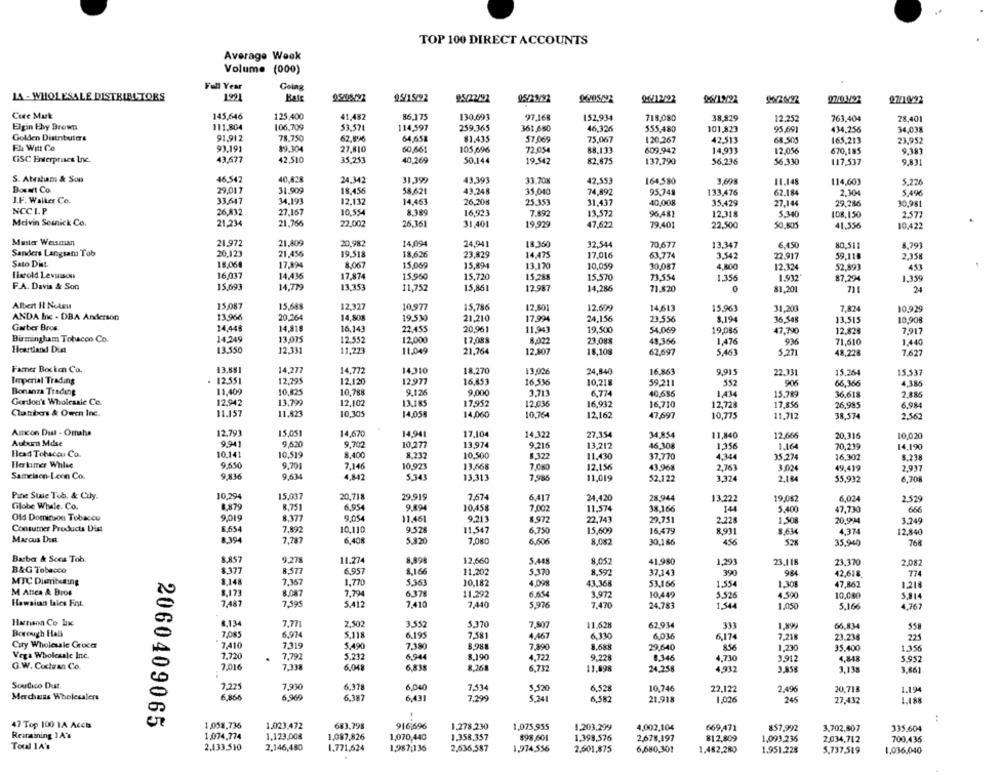
TOP 100 DIRECT ACCOUNTS
Average Week
Volume (000)
Full Year
LA - WHOLESALE DISTRIBUTORS
1991
Kate
95408-292
95/15/92
95/22/92
96/12/92
96/12/22
27/10/22
Core Musk
145,646
125,400
41,482
86.175
130.693
97.168
152,934
38,829
718,080
12.252
763,404
28,401
Elgin thy Brown
111,804
106,709
53.571
114,597
259.365
361,660
46,326
555,480
101,823
95.691
434,256
34,038
Golden Distributers
91.912
78.750
62,8:26
64,558
81.435
57,069
75,067
120,267
42,513
68.505
165,213
23,952
El Witt Co
93.191
89.304
27,810
88.133
60,661
105,696
72,054
609,942
14,933
12,056
670,185
9,381
CISC Enterprises Inc.
43,677
42,510
35,253
40,269
50.144
19.542
82.675
137,790
56,236
56.330
117,537
9.831
S. Atratum & Son
46,542
40,828
24,342
31,399
43.393
33.70g
42.553
164,580
3,698
11.148
114,601
5.226
Bosart Co.
29,017
31,909
18,456
58,621
43,248
35,040
74.892
95,748
133,476
62.184
2.30
5,496
J.F. Walker Co.
33,647
34,193
12,132
14,463
26,208
25.351
31,437
40,008
35,429
27,144
29,286
NCCLP
30,981
26,832
27.167
10.554
8.389
16,923
7.892
13,572
96.481
12,318
5.340
108,150
2,577
Melvin Semnick Co.
21,234
21.766
22,002
26,36
31.401
19.929
47,622
79.401
22,500
50.805
41,556
10,422
21.809
20,982
Master Weisman
21,972
14,094
24,941
18.360
32,544
70.677
13.347
6.450
80.511
8.79]
Sanders Langsam Tob
20.123
21,456
19.518
18,626
23.829
14,475
17,016
63,774
3.542
22.917
59,110
2,358
Sato Dist.
18,06€
17,894
8.067
15,069
15.891
13.170
10,059
30,087
4,800
12.324
52,893
453
Lixtold Lesuison
16,017
14,436
17.874
15,960
15,720
15,288
15.570
73.554
1.356
1.932
87,294
1,359
F.A. Davis & Son
15,691
14,779
13,353
11,752
15,861
12.987
14.286
71.820
81,201
24
Albert Il Netru
15,087
15,688
12.327
10.977
15,786
12.501
12,699
14,613
15,961
31,203
7,824
10,929
ANDA Ine - DBA Anderson
13.966
20,264
14,80%
19.530
21,210
17,994
24,156
23.556
3.194
16.548
13.515
10,908
Garber Bros
14,445
14,818
16,143
22,455
20,961
11,94
19.500
54.069
19,086
47,790
12.828
7,917
Birmingham Tobacco Co.
14,249
13,075
12.552
12,000
17,08
8,022
23.08
48,366
1,476
93
71,610
1.440
Heartland Diat
13.550
12,331
11,273
11.049
12,507
21,764
18,108
62,697
5,461
5,271
48,228
7.627
Farer Bocken Co.
13.851
14,277
14,772
14,310
18,270
13.026
24,840
16.863
9.915
22.331
15,26
15,537
Imperial Trading
12.551
12,295
12.120
12,977
16,853
16,536
10,218
59,211
552
66.366
4.386
Bonanza Trading
11,409
10,825
10,788
9,126
9,000
6,774
40,686
1,434
15,789
36,618
2.885
Gordon's Wholesale Co.
12,942
13,799
12,102
13,185
17,952
12.036
16,932
12,728
17,856
26,995
6.984
11,82
16,710
Clantxers & Owen Inc.
11.157
10,305
14.05
14,060
10.764
12,162
47,697
10,775
11.712
38,574
2.562
Amcon Dust - Omaha
12,793
15.051
14,670
14,941
17,104
14,322
27,354
34.854
11,840
12,666
20,316
10,020
Auburn Mdse
9.941
9,620
9.700
10,277
13.974
13,212
46,308
1,356
1.164
70,239
14,190
Head Tobacco Co.
10.141
10,519
8.400
8.232
10,500
8.322
11.430
37.770
4,344
35.274
16.302
8.238
Herkimer Whlse
9,550
9.701
7,146
10,923
13.668
7.080
12.156
2,763
43.96
3.024
49.419
2,937
Sameisen-Leen Co.
9,836
9,634
4,842
5.343
13.313
7,985
11,019
52,122
3.324
2,184
55.932
6,708
Pine Staie Tob. & Cily.
10.294
15,037
20,71
29.919
7,67
6,417
24,420
28.944
13,222
19,0$2
6,024
2.529
Cilobe Whale. Co.
8,879
8.751
6.954
9.894
10,458
7.002
11,574
38.166
14
5.400
47,730
666
Old Dominion Tobacco
9,019
8.377
9,054
11,461
9.213
8.972
22.743
29,751
1,50%
20,99
3.249
Consumer Products Dist
2.228
8,654
7.892
10,110
9.528
11,547
6,750
15,609
16.479
8.931
8.634
4.374
12,840
Marcus Dust.
1.394
7,787
6,408
5.820
7.080
6,606
8,082
30,186
456
52%
35,940
768
Barber & Sccs Tob
8.857
9,278
11.274
8,998
12,660
5.448
8,057
41.980
1,293
23.118
23,370
2,082
B&G Tobacco
$377
8.577
6.957
8,166
11,202
5.370
8.597
37,143
390
984
42,618
MTC Dieribeing
8,148
7.367
1.770
5.361
10,182
4,098
43.368
53.166
1.554
1,308
47,862
1.216
M Atica & Bros
8,173
8.087
7,794
6.378
11.292
6.654
3,972
10,449
5.526
4.590
10,080
5.914
Hawaiian lales Fint.
7,487
7.595
5.412
7,410
7,440
5,976
7.470
1,544
1,050
5,166
4.767
24,783
Hanson Co Lx
8.134
7,771
2.502
3.552
5.370
7,807
11.628
62.934
331
1.899
66,834
55
Borough Hall
7.085
6.974
5.118
6.195
7,581
4,467
6,330
6,036
6,17€
7.218
221
City Wholesale Groch
2.410
23.238
7.319
5.490
7.380
8.981
7,890
29,640
856
1,230
35,400
1.356
Vega Wholesale Inc.
7,720
7.792
5.232
6,944
8.190
4.722
9.22
0.346
4,730
3.912
4,848
5.952
G.W. Cochran Co.
7,016
7.338
6.048
6,838
8,268
6.732
11,898
24.258
4,932
3.858
3,138
3.861
Soudico Dust.
7,225
7,930
6.378
6,040
7.534
5.520
6.528
10,746
22,122
2.496
20,718
1,19
Marchais Wholesalers
6,866
6,969
6,387
6.431
7.299
5.241
6,582
21.918
1026
245
27,432
1.188
2060409065
47 Top 100 1A Accia
1,058,736
1.023,472
683.798
916696
1,278,230
1,075,955
1.203,299
4,002,104
669,471
857,992
3,702,807
335,604
Rearaining 14'*
1.074,774
1.123,00€
1.087,826
1,070,440
1.358,357
$98,601
1.398,576
2,678,197
812,809
1,093.236
Total LA's
2,034,712
700.436
2,133,510
2,146,480
1.771,624
1,987,136
2,636,587
1,974,556
2.601,875
6,680,301
1.482,280
1,951.228
5.737,519
1.036,040